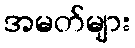
အမတ်များ